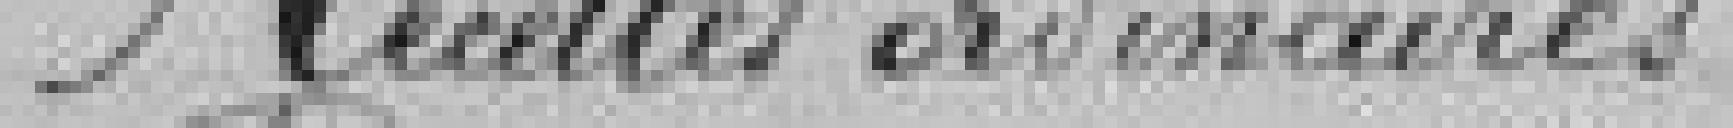
Recettes ordinaires